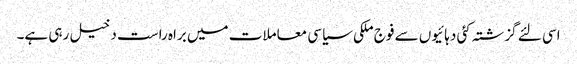
اسی لئے گزشتہ کئی دہائیوں سے فوج ملکی سیاسی معاملات میں براہ راست دخیل رہی ہے۔